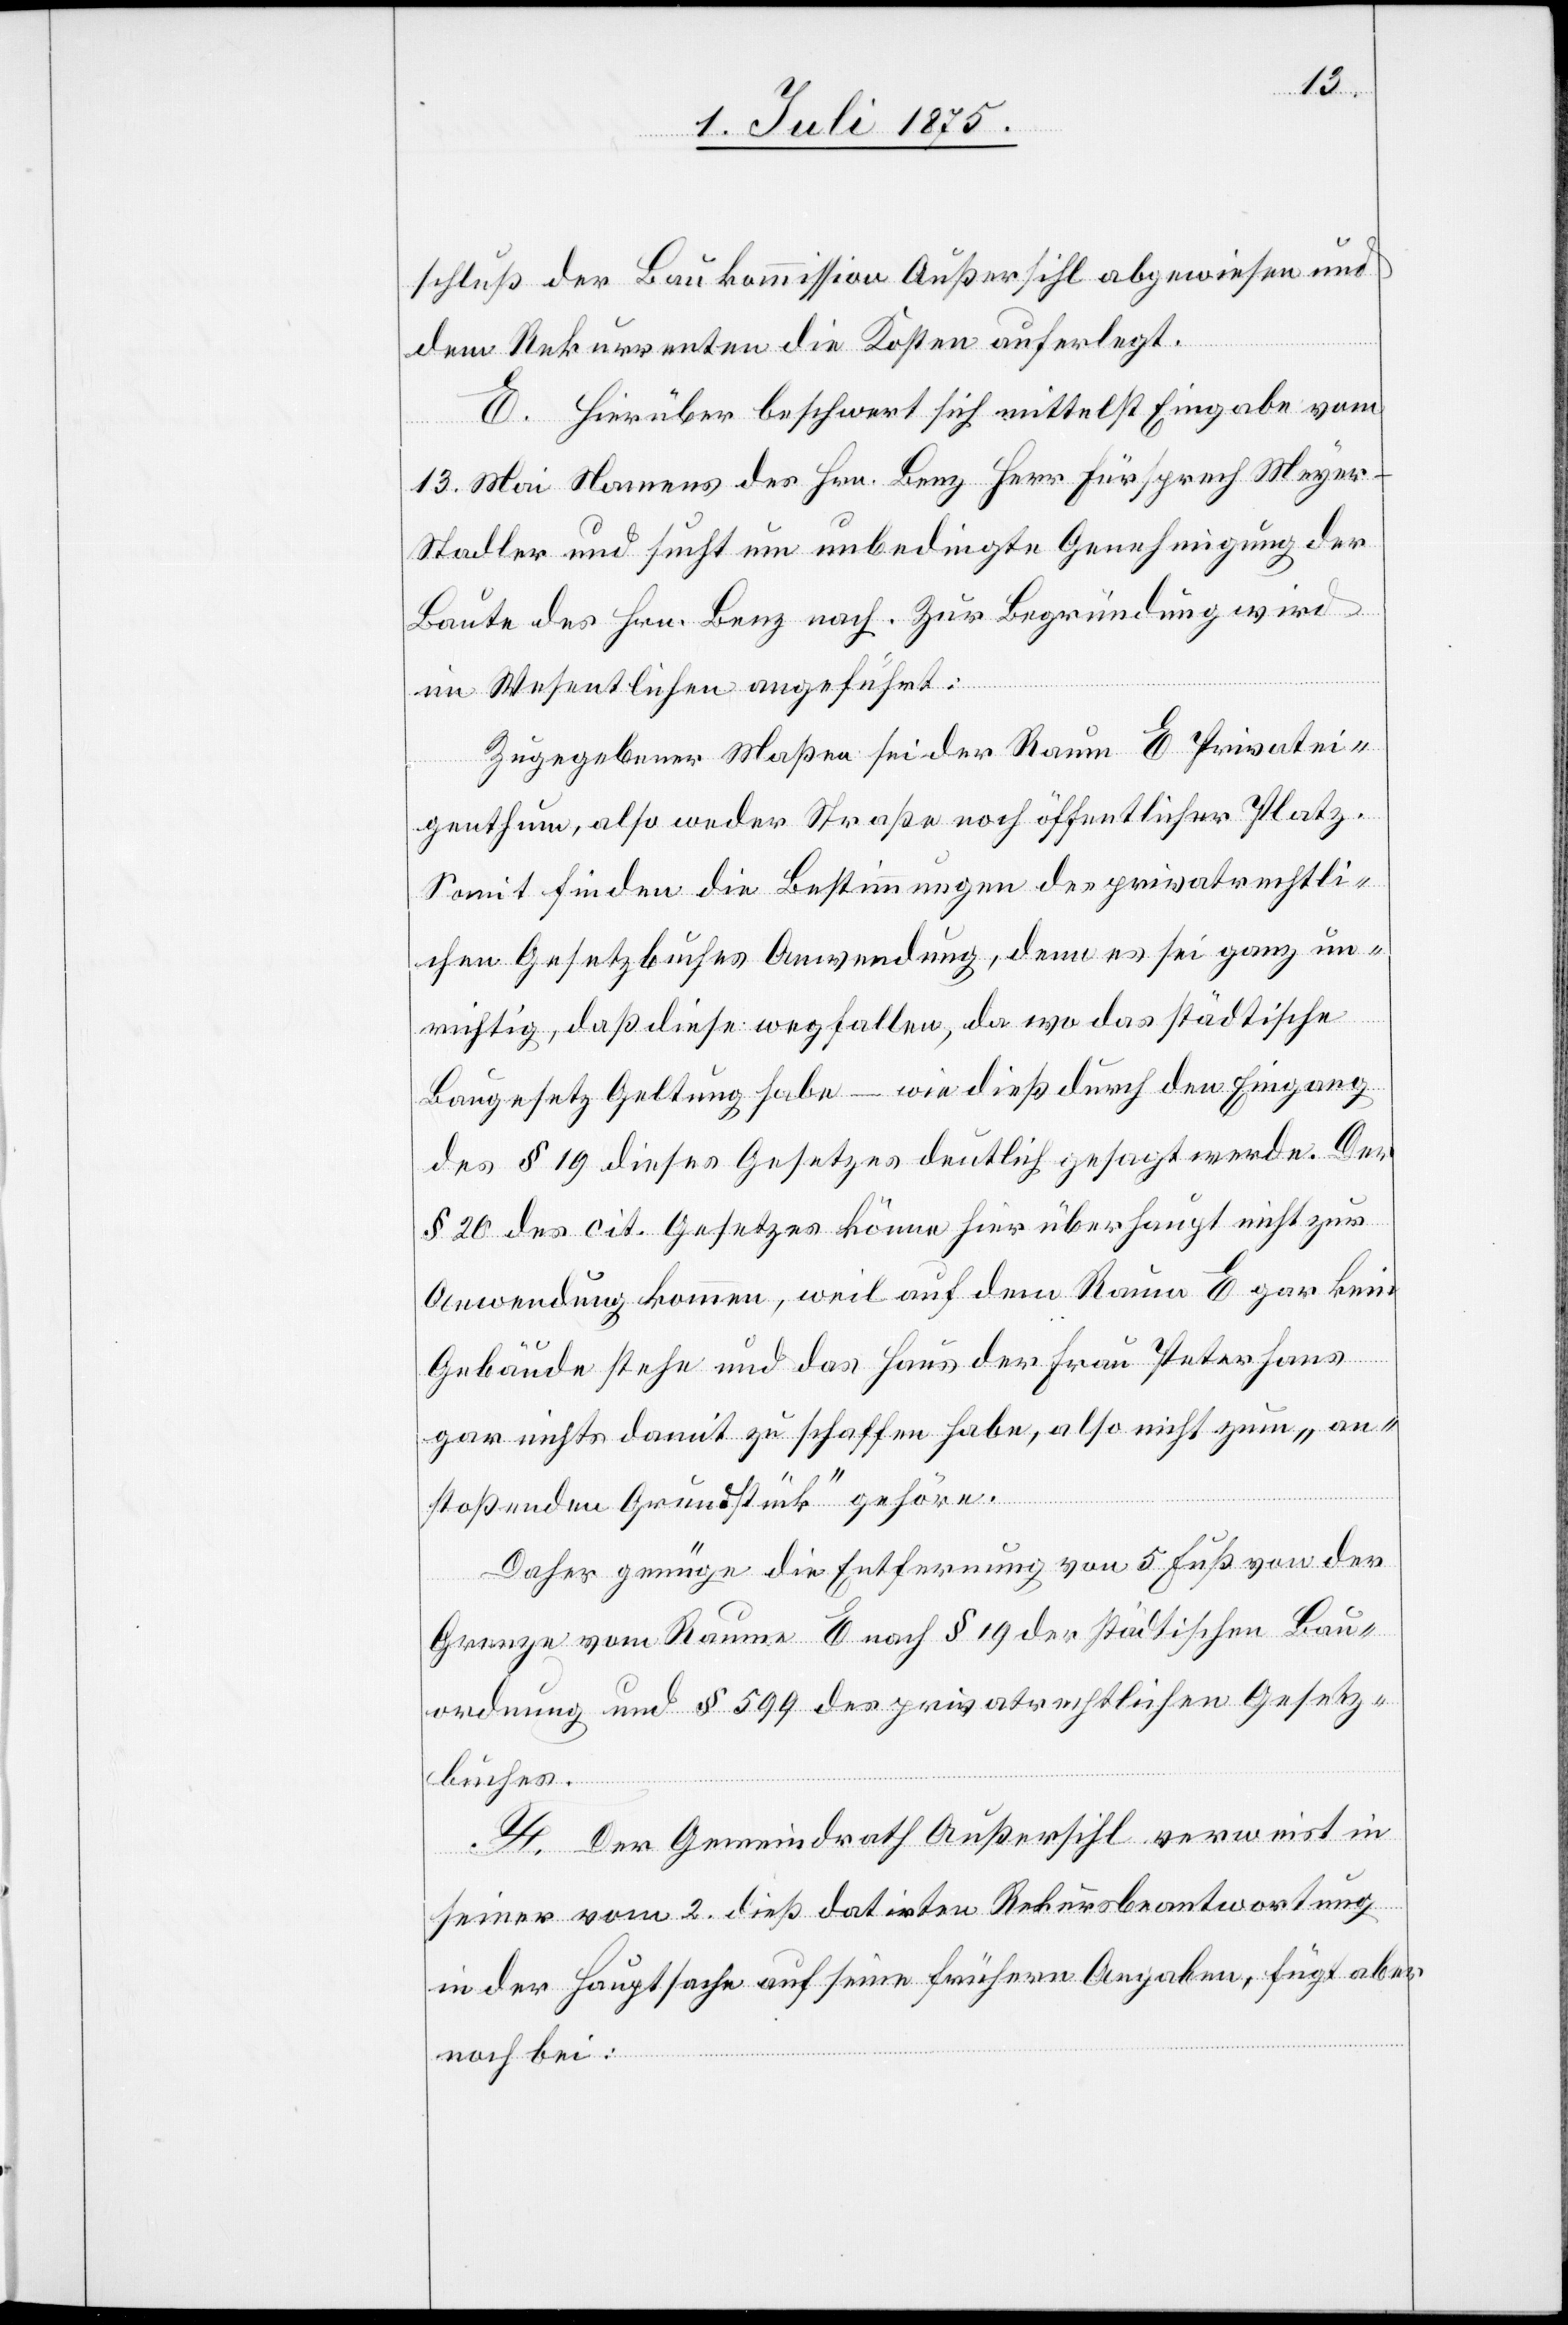
schluß der Baukommission Außersihl abgewiesen und
dem Rekurrenten die Kosten auferlegt.
E. Hierüber beschwert sich mittelst Eingabe vom
13. Mai Namens des Hrn. Benz Herr Fürsprech Meye¬
r-Stadler und sucht um unbedingte Genehmigung der
Baute des Hrn. Benz nach. Zur Begründung wird
im Wesentlichen angeführt:
Zugegebener Maßen sei der Raum E Privatei¬
genthum, also weder Straße noch öffentlicher Platz.
Somit finden die Bestimmungen des privatrechtli¬
chen Gesetzbuches Anwendung, denn es sei ganz un¬
richtig, daß diese wegfallen, da wo das städtische
Baugesetz Geltung habe – wie dies durch den Eingang
des § 19 dieses Gesetzes deutlich gesagt werde. Der
§ 20 des cit. Gesetzes könne hier überhaupt nicht zur
Anwendung kommen, weil auf dem Raum E gar kein
Gebäude stehe und das Haus der Frau Peterhans
gar nichts damit zu schaffen habe, also nicht zum „an¬
stoßenden Grundstück“ gehöre.
Daher genüge die Entfernung von 5 Fuß von der
Grenze zum Raume E nach § 19 der städtischen Bau¬
ordnung und § 599 des privatrechtlichen Gesetz¬
buches.
F. Der Gemeindrath Außersihl verweist in
seiner vom 2. dieß datirten Rekursbeantwortung
in der Hauptsache auf seine frühern Angaben, fügt aber
noch bei: